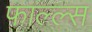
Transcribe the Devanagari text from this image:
फाल्ल्स